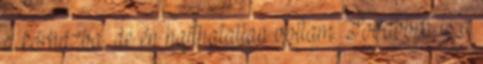
a kórházba, de én hajthatatlan voltam. Továbbra is a